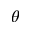
\theta